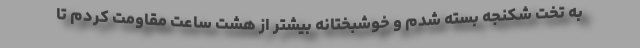
به تخت شكنجه بسته شدم و خوشبختانه بیشتر از هشت ساعت مقاومت كردم تا